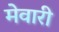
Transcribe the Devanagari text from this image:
मेवारी